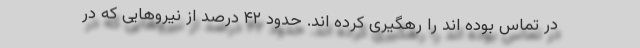
در تماس بوده اند را رهگیری کرده اند. حدود ۴۲ درصد از نیروهایی که در